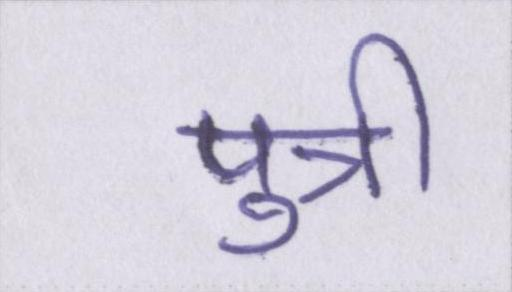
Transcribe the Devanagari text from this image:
पुत्री